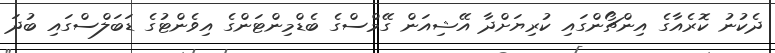
ދެކުނު ކޮރެއާގެ އިންޗޯންގައި ކުރިޔަށްދާ އޭޝިއަން ގޭމްސްގެ ބެޑްމިންޓަންގެ އިވެންޓުގެ ޑަބަލްސްގައި ބުދަ